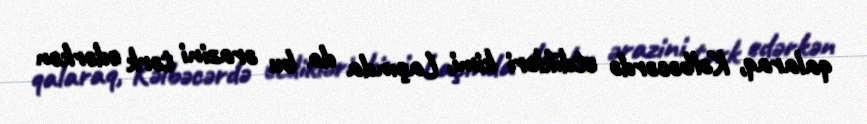
qalaraq, Kəlbəcərdə etdikləri kimi, Laçında da bu ərazini tərk edərkən